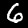
Label: 6